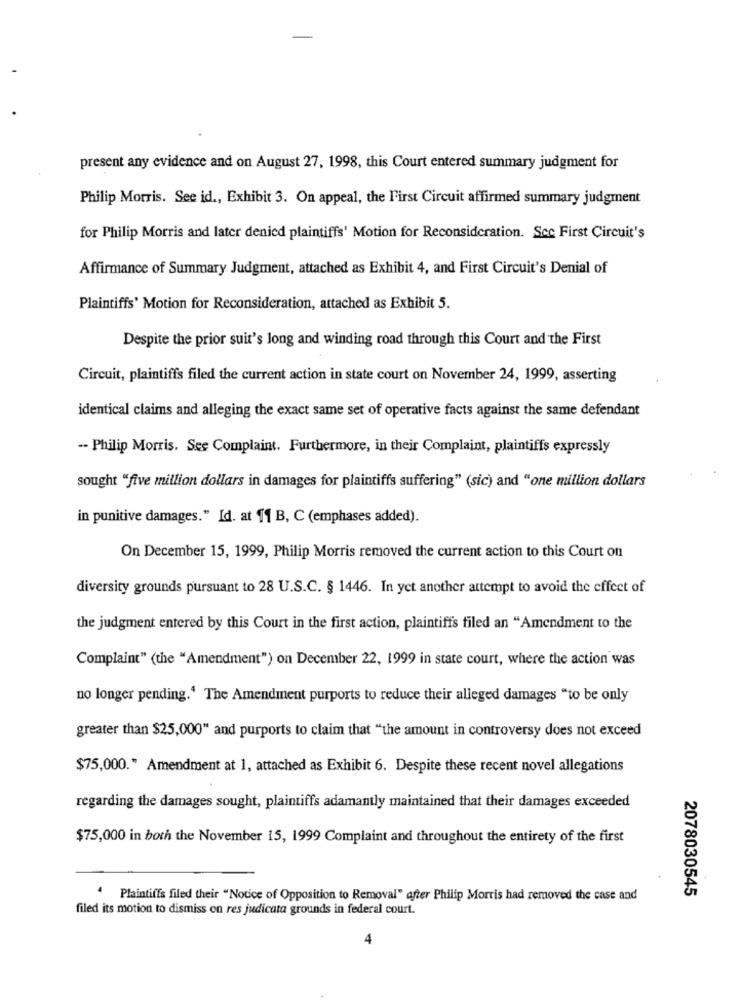
present any evidence and on August 27, 1998, this Court entered summary judgment for
Philip Morris. See id ., Exhibit 3. On appeal, the First Circuit affirmed summary judgment
for Philip Morris and later denied plaintiffs' Motion for Reconsideration. Scc First Circuit's
Affirmance of Summary Judgment, attached as Exhibit 4, and First Circuit's Denial of
Plaintiffs' Motion for Reconsideration, attached as Exhibit 5.
Despite the prior suit's long and winding road through this Court and the First
Circuit, plaintiffs filed the current action in state court on November 24, 1999, asserting
identical claims and alleging the exact same set of operative facts against the same defendant
-- Philip Morris. See Complaint. Furthermore, in their Complaint, plaintiffs expressly
sought "five million dollars in damages for plaintiffs suffering" (sic) and "one million dollars
in punitive damages." Id. at 11 B, C (emphases added).
On December 15, 1999, Philip Morris removed the current action to this Court on
diversity grounds pursuant to 28 U.S.C. § 1446. In yet another attempt to avoid the effect of
the judgment entered by this Court in the first action, plaintiffs filed an "Amendment to the
Complaint" (the "Amendment") on December 22, 1999 in state court, where the action was
no longer pending.' The Amendment purports to reduce their alleged damages "to be only
greater than $25,000" and purports to claim that "the amount in controversy does not exceed
$75,000." Amendment at 1, attached as Exhibit 6. Despite these recent novel allegations
regarding the damages sought, plaintiffs adamantly maintained that their damages exceeded
$75,000 in both the November 15, 1999 Complaint and throughout the entirety of the first
2078030545
Plaintiffs filed their "Notice of Opposition to Removal" after Philip Morris had removed the case and
filed its motion to dismiss on res judicata grounds in federal court.
4